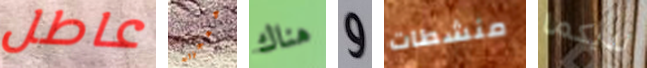
عاطل معجزات هناك و منشطات لديكما